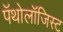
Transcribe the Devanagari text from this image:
पॅथोलॉजिस्ट